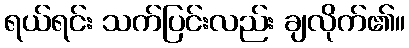
ရယ်ရင်း သက်ပြင်းလည်း ချလိုက်၏။